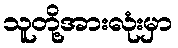
သူတို့အားလုံးမှာ